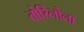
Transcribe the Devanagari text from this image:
तोरिनोला